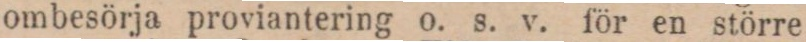
ombesörja proviantering o. s. v. för en större